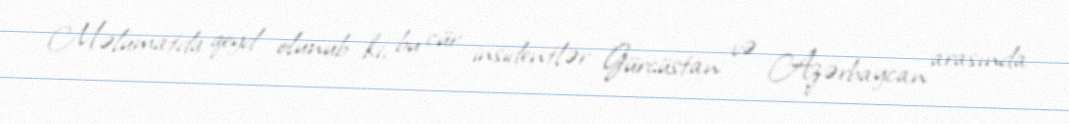
Məlumatda qeyd olunub ki, bu cür insidentlər Gürcüstan və Azərbaycan arasında